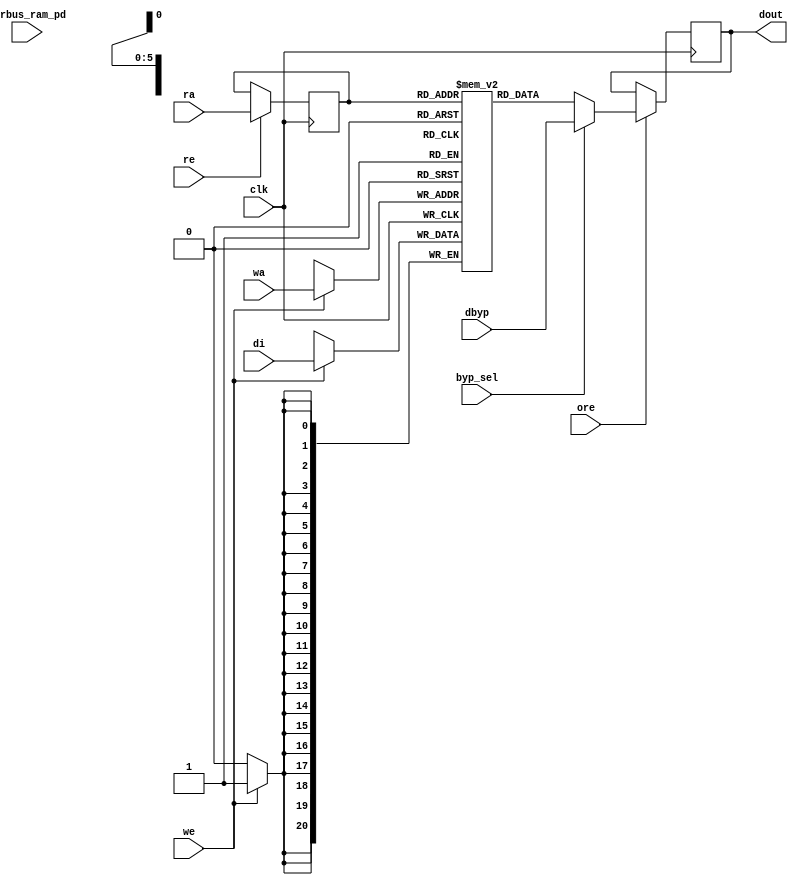
// ================================================================
// NVDLA Open Source Project
//
// Copyright(c) 2016 - 2017 NVIDIA Corporation. Licensed under the
// NVDLA Open Hardware License; Check "LICENSE" which comes with
// this distribution for more information.
// ================================================================
module nv_ram_rwsthp_60x21 (
  clk,
  ra,
  re,
  ore,
  dout,
  wa,
  we,
  di,
  byp_sel,
  dbyp,
  pwrbus_ram_pd
);
parameter FORCE_CONTENTION_ASSERTION_RESET_ACTIVE=1'b0;
// port list
input clk;
input [5:0] ra;
input re;
input ore;
output [20:0] dout;
input [5:0] wa;
input we;
input [20:0] di;
input byp_sel;
input [20:0] dbyp;
input [31:0] pwrbus_ram_pd;
//reg and wire list
reg [5:0] ra_d;
wire [20:0] dout;
reg [20:0] M [59:0];
always @( posedge clk ) begin
    if (we)
       M[wa] <= di;
end
always @( posedge clk ) begin
    if (re)
       ra_d <= ra;
end
wire [20:0] dout_ram = M[ra_d];
wire [20:0] fbypass_dout_ram = (byp_sel ? dbyp : dout_ram);
reg [20:0] dout_r;
always @( posedge clk ) begin
   if (ore)
       dout_r <= fbypass_dout_ram;
end
assign dout = dout_r;
endmodule